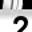
Digit: 2